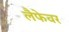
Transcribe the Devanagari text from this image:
लैफेवर